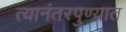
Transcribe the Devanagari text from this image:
त्यानंतरपुण्यात